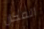
المكان